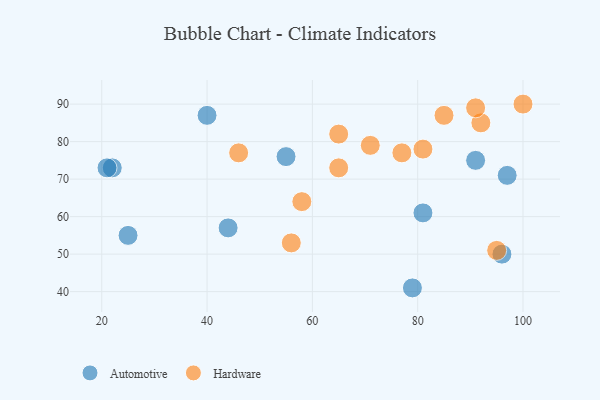
{"axis": {"x": "GDP", "y": "Life Expectancy"}, "legend": ["Automotive", "Hardware"], "data": [{"x": "55", "y": 76, "type": "Automotive"}, {"x": "40", "y": 87, "type": "Automotive"}, {"x": "22", "y": 73, "type": "Automotive"}, {"x": "79", "y": 41, "type": "Automotive"}, {"x": "96", "y": 50, "type": "Automotive"}, {"x": "21", "y": 73, "type": "Automotive"}, {"x": "91", "y": 75, "type": "Automotive"}, {"x": "97", "y": 71, "type": "Automotive"}, {"x": "81", "y": 61, "type": "Automotive"}, {"x": "44", "y": 57, "type": "Automotive"}, {"x": "25", "y": 55, "type": "Automotive"}, {"x": "85", "y": 87, "type": "Hardware"}, {"x": "56", "y": 53, "type": "Hardware"}, {"x": "95", "y": 51, "type": "Hardware"}, {"x": "58", "y": 64, "type": "Hardware"}, {"x": "92", "y": 85, "type": "Hardware"}, {"x": "77", "y": 77, "type": "Hardware"}, {"x": "100", "y": 90, "type": "Hardware"}, {"x": "65", "y": 73, "type": "Hardware"}, {"x": "81", "y": 78, "type": "Hardware"}, {"x": "91", "y": 89, "type": "Hardware"}, {"x": "65", "y": 82, "type": "Hardware"}, {"x": "46", "y": 77, "type": "Hardware"}, {"x": "71", "y": 79, "type": "Hardware"}]}